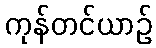
ကုန်တင်ယာဉ်